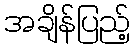
အချိန်ပြည့်